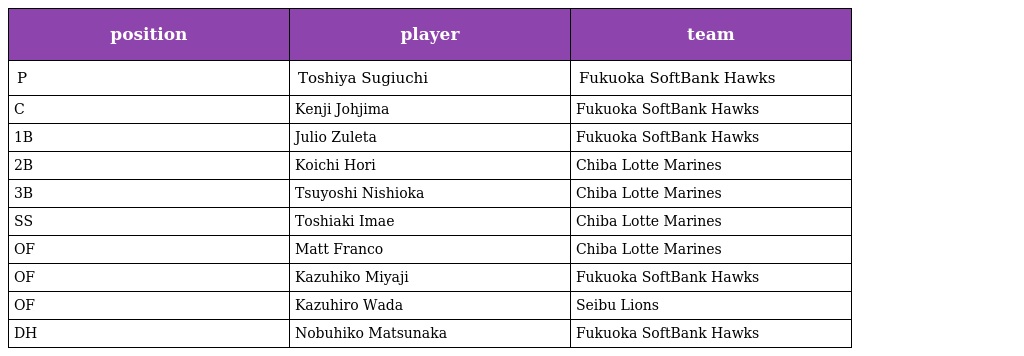
| position | player | team |
 | --- | --- | --- |
 | P | Toshiya Sugiuchi | Fukuoka SoftBank Hawks |
 | C | Kenji Johjima | Fukuoka SoftBank Hawks |
 | 1B | Julio Zuleta | Fukuoka SoftBank Hawks |
 | 2B | Koichi Hori | Chiba Lotte Marines |
 | 3B | Tsuyoshi Nishioka | Chiba Lotte Marines |
 | SS | Toshiaki Imae | Chiba Lotte Marines |
 | OF | Matt Franco | Chiba Lotte Marines |
 | OF | Kazuhiko Miyaji | Fukuoka SoftBank Hawks |
 | OF | Kazuhiro Wada | Seibu Lions |
 | DH | Nobuhiko Matsunaka | Fukuoka SoftBank Hawks |